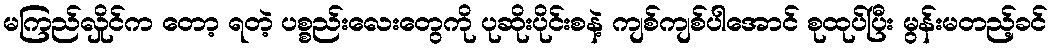
မကြည်လှိုင်က တော့ ရတဲ့ ပစ္စည်းလေးတွေကို ပုဆိုးပိုင်းစနဲ့ ကျစ်ကျစ်ပါအောင် စုထုပ်ပြီး မွန်းမတည့်ခင်